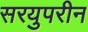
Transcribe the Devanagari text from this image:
सरयुपरीन